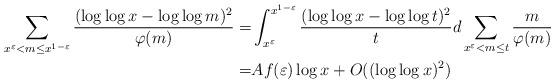
LaTeX: \begin{align*}\sum_{x^{\varepsilon}<m\le x^{1-\varepsilon}}\frac{(\log\log x-\log\log m)^2}{\varphi(m)}=&\int_{x^{\varepsilon}}^{x^{1-\varepsilon}}\frac{(\log\log x-\log\log t)^2}{t}d\sum_{x^{\varepsilon}<m\le t}\frac{m}{\varphi(m)}\\=&Af(\varepsilon)\log x+O((\log\log x)^2)\end{align*}